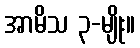
အာမိသ ၃-မျိုး။